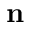
\textbf { n }